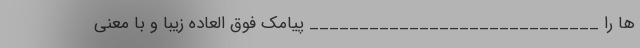
ها را _____________________________ پیامک فوق العاده زیبا و با معنی